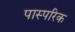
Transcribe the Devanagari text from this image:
पास्‍परिक